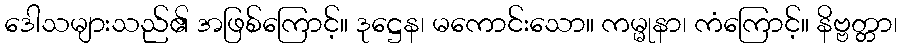
ဒေါသများသည်၏ အဖြစ်ကြောင့်။ ဒုဋ္ဌေန၊ မကောင်းသော။ ကမ္မုနာ၊ ကံကြောင့်။ နိဗ္ဗတ္တာ၊